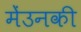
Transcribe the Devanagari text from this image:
मेंउनकी